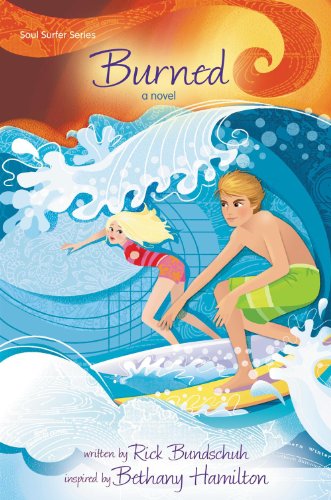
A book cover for Burned: A Novel (Soul Surfer Series); Rick Bundschuh; Children's Books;